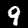
Label: 9